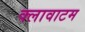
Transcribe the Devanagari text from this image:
क्लावाटम